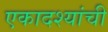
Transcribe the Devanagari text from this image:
एकादश्यांची